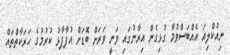
ނިއުކްލިއަ އެއްބަސްވުމާ ގުޅިގެން އިރާނުގައި ވަނީ ވަރަށް ބޮޑަށް އުފާފާޅު ކުރުމުގެ ހަރަކާތްތައް